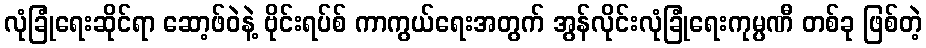
လုံခြုံရေးဆိုင်ရာ ဆော့ဖ်ဝဲနဲ့ ဗိုင်းရပ်စ် ကာကွယ်ရေးအတွက် အွန်လိုင်းလုံခြုံရေးကုမ္ပဏီ တစ်ခု ဖြစ်တဲ့